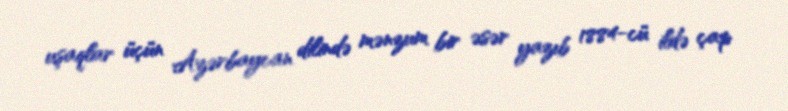
uşaqlar üçün Azərbaycan dilində mənzum bir əsər yazıb 1884-cü ildə çap